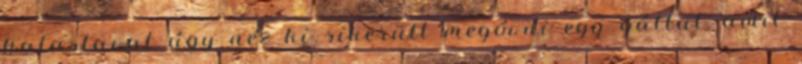
halastavat úgy néz ki sikerült megóvni egy gáttal, amit